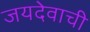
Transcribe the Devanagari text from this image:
जयदेवाची